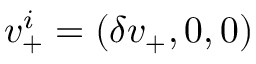
v _ { + } ^ { i } = ( \delta v _ { + } , 0 , 0 )